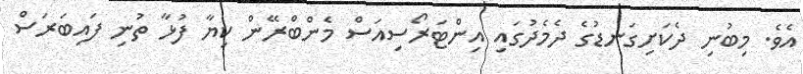
އެވެ. މިބުނި ދެކަށިގަނޑުގެ ދެމެދުގައި އިންޓަރޯސިއަސް މެންބްރޭން ކިޔާ ފުޅާ ތުނި ފައިބަރަސް